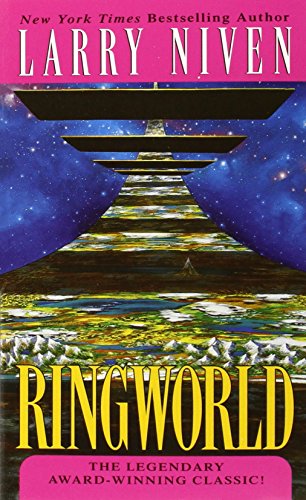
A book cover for Ringworld (A Del Rey book); Larry Niven; Science Fiction & Fantasy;